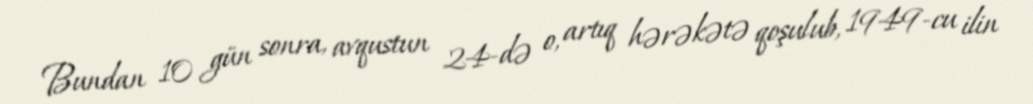
Bundan 10 gün sonra, avqustun 24-də o, artıq hərəkətə qoşulub, 1949-cu ilin